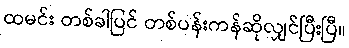
ထမင်း တစ်ခါပြင် တစ်ပန်းကန်ဆိုလျှင်ပြီးပြီ။